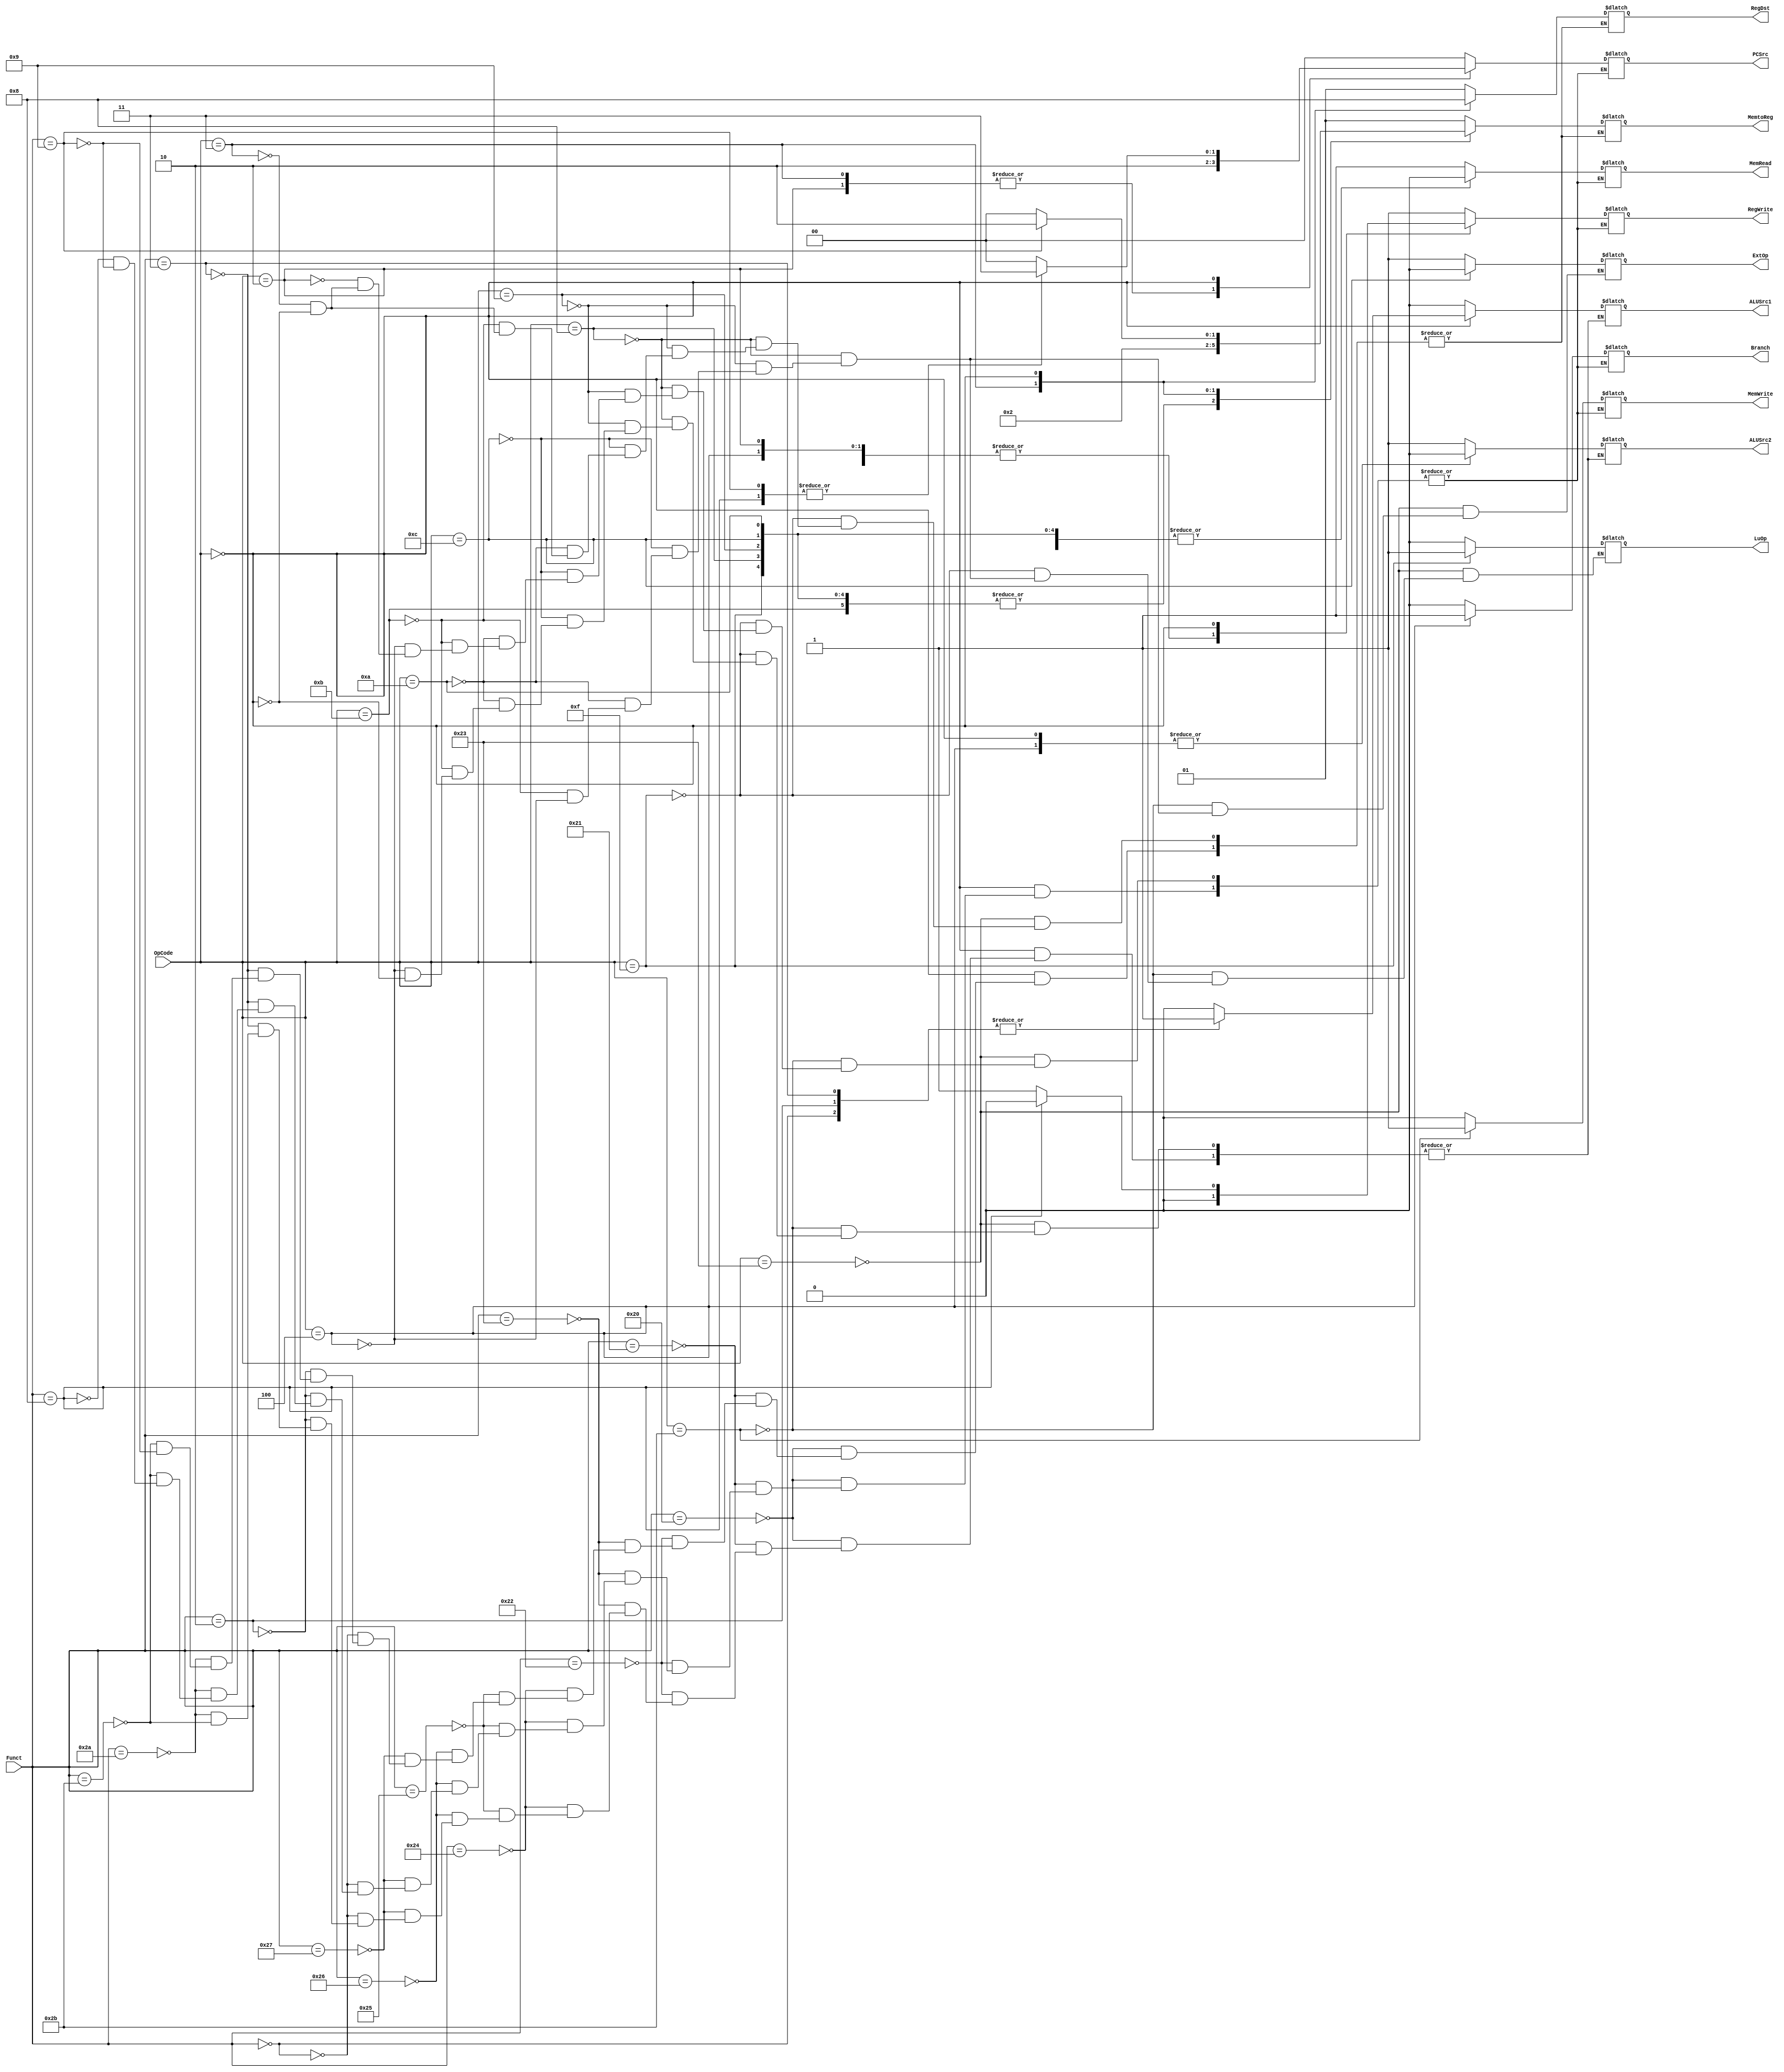

module Control(OpCode, Funct,
	PCSrc, Branch, RegWrite, RegDst, 
	MemRead, MemWrite, MemtoReg, 
	ALUSrc1, ALUSrc2, ExtOp, LuOp);
	input [5:0] OpCode;
	input [5:0] Funct;
	output [1:0] PCSrc;
	output Branch;
	output RegWrite;
	output [1:0] RegDst;
	output MemRead;
	output MemWrite;
	output [1:0] MemtoReg;
	output ALUSrc1;
	output ALUSrc2;
	output ExtOp;
	output LuOp;

	reg [1:0] PCSrc;
	reg Branch;
	reg RegWrite;
	reg [1:0] RegDst;
	reg MemRead;
	reg MemWrite;
	reg [1:0] MemtoReg;
	reg ALUSrc1;
	reg ALUSrc2;
	reg ExtOp;
	reg LuOp;
	
	always@*
        begin
            case(OpCode)
                6'h23: begin
                    // lw
					PCSrc <= 2'b00;
					Branch <= 1'b0;
					RegWrite <= 1'b1;
					RegDst <= 2'b01;
					MemRead <= 1'b1;
					MemWrite <= 1'b0;
					MemtoReg <= 2'b01;
					ALUSrc1 <= 1'b0;
					ALUSrc2 <= 1'b1;
					ExtOp <= 1'b1;
					LuOp <= 1'b0;
                end
                6'h2b: begin
                    // sw
					PCSrc <= 2'b00;
					Branch <= 1'b0;
					RegWrite <= 1'b0;
					MemRead <= 1'b0;
					MemWrite <= 1'b1;
					ALUSrc1 <= 1'b0;
					ALUSrc2 <= 1'b1;
					ExtOp <= 1'b1;
					LuOp <= 1'b0;
                    
                end
                6'h0f: begin
                    // lui
					PCSrc <= 2'b00;
					Branch <= 1'b0;
					RegWrite <= 1'b1;
					RegDst <= 2'b01;
					MemRead <= 1'b0;
					MemWrite <= 1'b0;
					MemtoReg <= 2'b00;
					ALUSrc1 <= 1'b0;
					ALUSrc2 <= 1'b1;
					LuOp <= 1'b1;
                    
                end
                6'h08: begin
                    // addi
					PCSrc <= 2'b00;
					Branch <= 1'b0;
					RegWrite <= 1'b1;
					RegDst <= 2'b01;
					MemRead <= 1'b0;
					MemWrite <= 1'b0;
					MemtoReg <= 2'b00;
					ALUSrc1 <= 1'b0;
					ALUSrc2 <= 1'b1;
					ExtOp <= 1'b1;
					LuOp <= 1'b0;
                    
                end
                6'h09: begin
                    // addiu
					PCSrc <= 2'b00;
					Branch <= 1'b0;
					RegWrite <= 1'b1;
					RegDst <= 2'b01;
					MemRead <= 1'b0;
					MemWrite <= 1'b0;
					MemtoReg <= 2'b00;
					ALUSrc1 <= 1'b0;
					ALUSrc2 <= 1'b1;
					ExtOp <= 1'b1;
					LuOp <= 1'b0;
                    
                end
                6'h0c: begin
                    // andi
                    PCSrc <= 2'b00;
					Branch <= 1'b0;
					RegWrite <= 1'b1;
					RegDst <= 2'b01;
					MemRead <= 1'b0;
					MemWrite <= 1'b0;
					MemtoReg <= 2'b00;
					ALUSrc1 <= 1'b0;
					ALUSrc2 <= 1'b1;
					ExtOp <= 1'b0;
					LuOp <= 1'b0;
                end
                6'h0a: begin
                    // slti
                    PCSrc <= 2'b00;
					Branch <= 1'b0;
					RegWrite <= 1'b1;
					RegDst <= 2'b01;
					MemRead <= 1'b0;
					MemWrite <= 1'b0;
					MemtoReg <= 2'b00;
					ALUSrc1 <= 1'b0;
					ALUSrc2 <= 1'b1;
					ExtOp <= 1'b1;
					LuOp <= 1'b0;
                end
                6'h0b: begin
                    // sltiu
                    PCSrc <= 2'b00;
					Branch <= 1'b0;
					RegWrite <= 1'b1;
					RegDst <= 2'b01;
					MemRead <= 1'b0;
					MemWrite <= 1'b0;
					MemtoReg <= 2'b00;
					ALUSrc1 <= 1'b0;
					ALUSrc2 <= 1'b1;
					ExtOp <= 1'b1;
					LuOp <= 1'b0;
                end
                6'h04: begin
                    // beq
                    PCSrc <= 2'b00;
					Branch <= 1'b1;
					RegWrite <= 1'b0;
					MemRead <= 1'b0;
					MemWrite <= 1'b0;
					ALUSrc1 <= 1'b0;
					ALUSrc2 <= 1'b0;
					ExtOp <= 1'b1;
					LuOp <= 1'b0;
                end
				6'h02: begin
                    // j
					PCSrc <= 2'b10;
					Branch <= 1'b0;
					RegWrite <= 1'b0;
					MemRead <= 1'b0;
					MemWrite <= 1'b0;
                    
                end
				6'h03: begin
                    // jal
					PCSrc <= 2'b10;
					Branch <= 1'b0;
					RegWrite <= 1'b1;
					RegDst <= 2'b10;
					MemRead <= 1'b0;
					MemWrite <= 1'b0;
					MemtoReg <= 2'b10;
                    
                end
                6'h00: begin
                    case(Funct)
                        6'h20: begin
                            // add
							PCSrc <= 2'b00;
							Branch <= 1'b0;
							RegWrite <= 1'b1;
							RegDst <= 2'b00;
							MemRead <= 1'b0;
							MemWrite <= 1'b0;
							MemtoReg <= 2'b00;
							ALUSrc1 <= 1'b0;
							ALUSrc2 <= 1'b0;
                            
                        end
                        6'h21: begin
                            // addu
							PCSrc <= 2'b00;
							Branch <= 1'b0;
							RegWrite <= 1'b1;
							RegDst <= 2'b00;
							MemRead <= 1'b0;
							MemWrite <= 1'b0;
							MemtoReg <= 2'b00;
							ALUSrc1 <= 1'b0;
							ALUSrc2 <= 1'b0;
                            
                        end
                        6'h22: begin
                            // sub
							PCSrc <= 2'b00;
							Branch <= 1'b0;
							RegWrite <= 1'b1;
							RegDst <= 2'b00;
							MemRead <= 1'b0;
							MemWrite <= 1'b0;
							MemtoReg <= 2'b00;
							ALUSrc1 <= 1'b0;
							ALUSrc2 <= 1'b0;
                            
                        end
                        6'h23: begin
                            // subu
							PCSrc <= 2'b00;
							Branch <= 1'b0;
							RegWrite <= 1'b1;
							RegDst <= 2'b00;
							MemRead <= 1'b0;
							MemWrite <= 1'b0;
							MemtoReg <= 2'b00;
							ALUSrc1 <= 1'b0;
							ALUSrc2 <= 1'b0;
                            
                        end
                        6'h24: begin
                            // and
							PCSrc <= 2'b00;
							Branch <= 1'b0;
							RegWrite <= 1'b1;
							RegDst <= 2'b00;
							MemRead <= 1'b0;
							MemWrite <= 1'b0;
							MemtoReg <= 2'b00;
							ALUSrc1 <= 1'b0;
							ALUSrc2 <= 1'b0;
                            
                        end
                        6'h25: begin
                            // or
							PCSrc <= 2'b00;
							Branch <= 1'b0;
							RegWrite <= 1'b1;
							RegDst <= 2'b00;
							MemRead <= 1'b0;
							MemWrite <= 1'b0;
							MemtoReg <= 2'b00;
							ALUSrc1 <= 1'b0;
							ALUSrc2 <= 1'b0;
                            
                        end
                        6'h26: begin
                            // xor
							PCSrc <= 2'b00;
							Branch <= 1'b0;
							RegWrite <= 1'b1;
							RegDst <= 2'b00;
							MemRead <= 1'b0;
							MemWrite <= 1'b0;
							MemtoReg <= 2'b00;
							ALUSrc1 <= 1'b0;
							ALUSrc2 <= 1'b0;
                            
                        end
                        6'h27: begin
                            // nor
							PCSrc <= 2'b00;
							Branch <= 1'b0;
							RegWrite <= 1'b1;
							RegDst <= 2'b00;
							MemRead <= 1'b0;
							MemWrite <= 1'b0;
							MemtoReg <= 2'b00;
							ALUSrc1 <= 1'b0;
							ALUSrc2 <= 1'b0;
                            
                        end
                        6'h00: begin
                            // sll
							PCSrc <= 2'b00;
							Branch <= 1'b0;
							RegWrite <= 1'b1;
							RegDst <= 2'b00;
							MemRead <= 1'b0;
							MemWrite <= 1'b0;
							MemtoReg <= 2'b00;
							ALUSrc1 <= 1'b1;
							ALUSrc2 <= 1'b0;
                            
                        end
                        6'h02: begin
                            // srl
							PCSrc <= 2'b00;
							Branch <= 1'b0;
							RegWrite <= 1'b1;
							RegDst <= 2'b00;
							MemRead <= 1'b0;
							MemWrite <= 1'b0;
							MemtoReg <= 2'b00;
							ALUSrc1 <= 1'b1;
							ALUSrc2 <= 1'b0;
                            
                        end
                        6'h03: begin
                            // sra
							PCSrc <= 2'b00;
							Branch <= 1'b0;
							RegWrite <= 1'b1;
							RegDst <= 2'b00;
							MemRead <= 1'b0;
							MemWrite <= 1'b0;
							MemtoReg <= 2'b00;
							ALUSrc1 <= 1'b1;
							ALUSrc2 <= 1'b0;
                            
                        end
                        6'h2a: begin
                            // slt
							PCSrc <= 2'b00;
							Branch <= 1'b0;
							RegWrite <= 1'b1;
							RegDst <= 2'b00;
							MemRead <= 1'b0;
							MemWrite <= 1'b0;
							MemtoReg <= 2'b00;
							ALUSrc1 <= 1'b0;
							ALUSrc2 <= 1'b0;
                            
                        end
                        6'h2b: begin
                            // sltu
							PCSrc <= 2'b00;
							Branch <= 1'b0;
							RegWrite <= 1'b1;
							RegDst <= 2'b00;
							MemRead <= 1'b0;
							MemWrite <= 1'b0;
							MemtoReg <= 2'b00;
							ALUSrc1 <= 1'b0;
							ALUSrc2 <= 1'b0;
                            
                        end
						6'h08: begin
                            // jr
							PCSrc <= 2'b11;
							Branch <= 1'b0;
							RegWrite <= 1'b0;
							MemRead <= 1'b0;
							MemWrite <= 1'b0;
                            
                        end
						6'h09: begin
                            // jalr
							PCSrc <= 2'b11;
							Branch <= 1'b0;
							RegWrite <= 1'b1;
							RegDst <= 2'b00;
							MemRead <= 1'b0;
							MemWrite <= 1'b0;
							MemtoReg <= 2'b10;
                            
                        end
                        default: begin
                            
                        end
                    endcase
                end
                default: begin
                end
            endcase
        end
	
endmodule